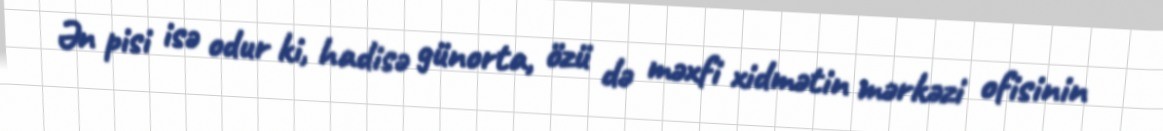
Ən pisi isə odur ki, hadisə günorta, özü də məxfi xidmətin mərkəzi ofisinin